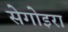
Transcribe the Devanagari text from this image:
सेगोइरा